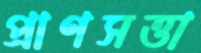
প্রাণসত্তা